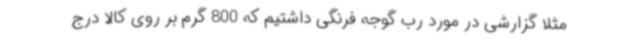
مثلا گزارشی در مورد رب گوجه فرنگی داشتیم که 800 گرم بر روی کالا درج